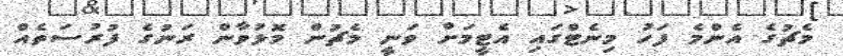
މެޗުގެ އެންމެ ފަހު މިނެޓްގައި އެޓީމަށް ވަނީ މެޗުން މޮޅުވާން ރަނުގެ ފުރުސަތެއް